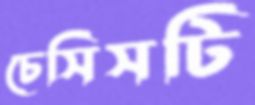
চেসিসটি